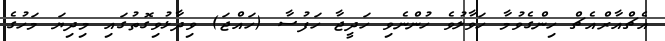
އެޗްއާރްއެޗް ހިންގެވުމާ ހަވާލުވެ ހުންނެވި ހަދީޖާ ހަފުސާ (ހައްޖަ) ވިދާޅުވިގޮތުގައި މިދިޔަ މަހުގެ